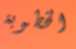
الخطوبة